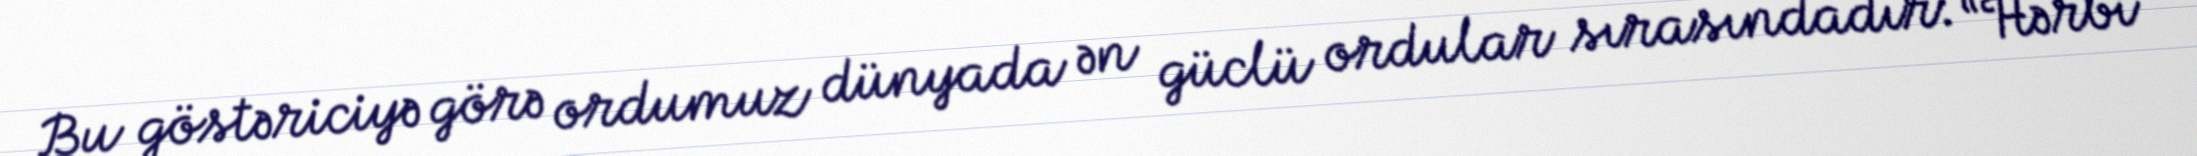
Bu göstəriciyə görə ordumuz dünyada ən güclü ordular sırasındadır: “Hərbi